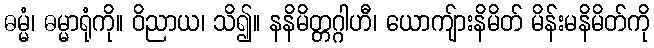
ဓမ္မံ၊ ဓမ္မာရုံကို။ ဝိညာယ၊ သိ၍။ နနိမိတ္တဂ္ဂါဟီ၊ ယောကျ်ားနိမိတ် မိန်းမနိမိတ်ကို